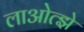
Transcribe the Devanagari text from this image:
लाओत्झे